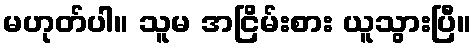
မဟုတ်ပါ။ သူမ အငြိမ်းစား ယူသွားပြီ။